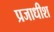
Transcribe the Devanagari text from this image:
प्रजाधीश